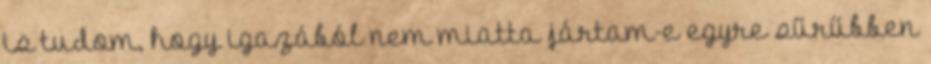
is tudom, hogy igazából nem miatta jártam-e egyre sűrűbben